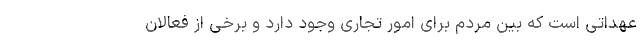
عهداتی است که بین مردم برای امور تجاری وجود دارد و برخی از فعالان